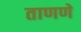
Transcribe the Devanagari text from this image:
ताणणे